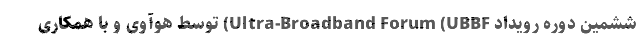
ششمین دوره رویداد Ultra-Broadband Forum (UBBF) توسط هوآوی و با همکاری